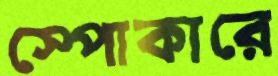
স্পোকারে